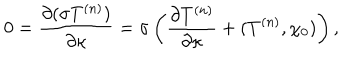
LaTeX: 0 = { \frac { \partial ( \sigma T ^ { ( n ) } ) } { \partial \kappa } } = \sigma \left( { \frac { \partial T ^ { ( n ) } } { \partial \kappa } } + ( T ^ { ( n ) } , \chi _ { 0 } ) \right) ,